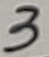
Text: 3